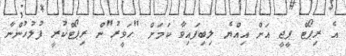
އެ ރިޕޯޓް ޕީޖީ އަށް އިއްޔެ ލިބިފައިވާ ކަމަށް "ހަވީރު"ން ރިޕޯޓްކުރީ ފުލުހުންނާ